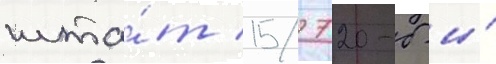
шта́т 15/ 720-б и́